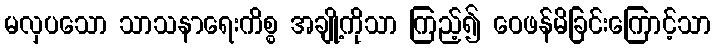
မလှပသော သာသနာရေးကိစ္စ အချို့ကိုသာ ကြည့်၍ ဝေဖန်မိခြင်းကြောင့်သာ